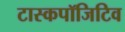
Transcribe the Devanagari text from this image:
टास्कपॉजिटिव